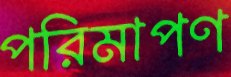
পরিমাপণ